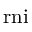
\operatorname { r n i }